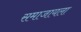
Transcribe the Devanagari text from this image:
समाजायला